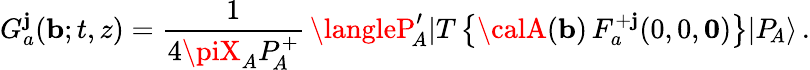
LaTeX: G_{a}^{\mathbf{j}}({\mathbf{b}};t,z)={\frac{{1}}{{4\piX_{A}P_{\! A}^{+}}}}\, \langleP_{\! A}^{\prime}|T\left\{ {\calA}({\mathbf{b}})\, F_{a}^{+\mathbf{j}}(0,0,{\mathbf{0}})\right\} |P_{\! A}\rangle\, .